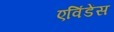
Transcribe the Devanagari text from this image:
एविंडेंस